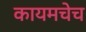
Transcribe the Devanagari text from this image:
कायमचेच